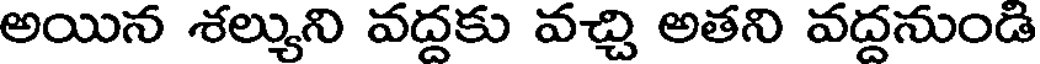
అయిన శల్యుని వద్దకు వచ్చి అతని వద్దనుండి